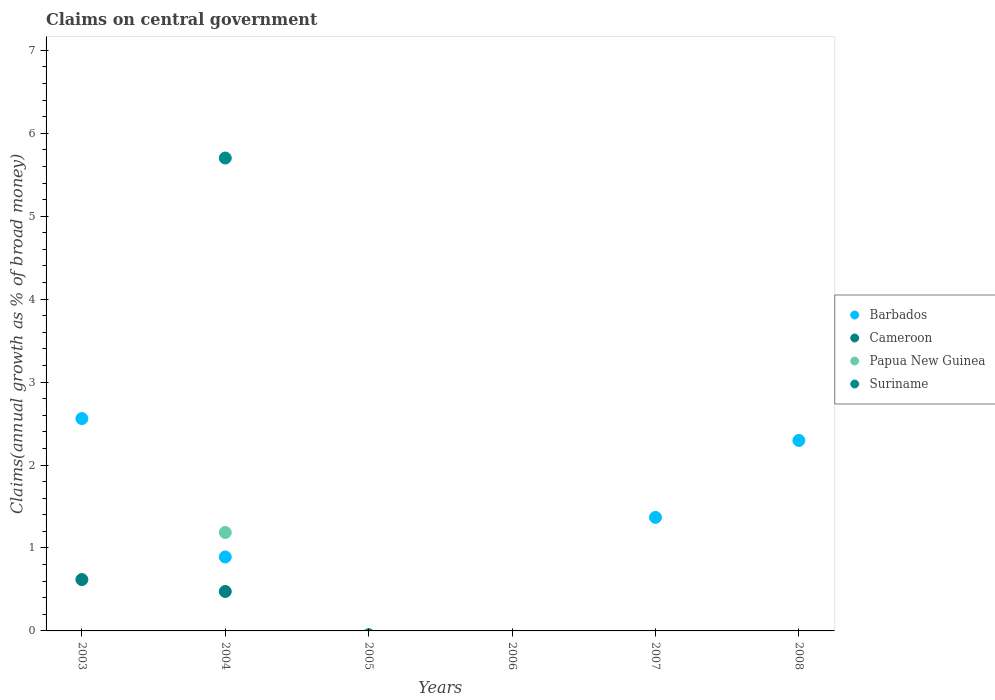
| Years | Barbados | Cameroon | Papua New Guinea | Suriname |
 | --- | --- | --- | --- | --- |
 | 2003 | 2.56 | 0.619 | -3.17 | -1.51 |
 | 2004 | 0.892 | 0.476 | 1.19 | 5.7 |
 | 2005 | -2.23 | -8.48 | -4.58 | -0.0457 |
 | 2006 | -1.48 | -23.6 | -2.99 | -1.92 |
 | 2007 | 1.37 | -17.3 | -11.2 | -6.9 |
 | 2008 | 2.3 | -11.5 | -6.35 | -5.75 |